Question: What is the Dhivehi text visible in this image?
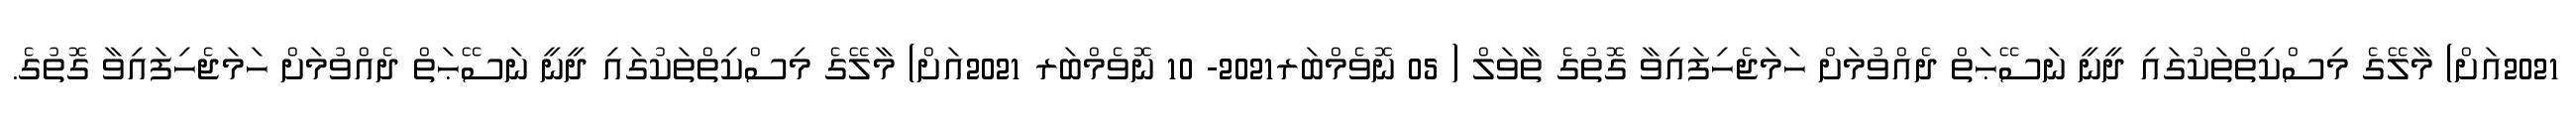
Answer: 2021އަށް) މާލޭގެ މިސްކިތްތަކުގައި ދީނީ ނަސޭޙަތް ދެއްވުމަށް ހަމަޖެހިފައިވާ ގޮތުގެ ތާވަލް ( 05 ނޮވެމްބަރ2021- 10 ނޮވެމްބަރ 2021އަށް) މާލޭގެ މިސްކިތްތަކުގައި ދީނީ ނަސޭޙަތް ދެއްވުމަށް ހަމަޖެހިފައިވާ ގޮތުގެ.